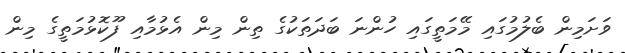
ވަށަމިން ބެލުމުގައި މޭމަތީގައި ހުންނަ ބަދަތަކުގެ ތިން މިން އެޅުމާއި ފޫކޮޅުމަތީގެ މިން